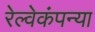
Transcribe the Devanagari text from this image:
रेल्वेकंपन्या